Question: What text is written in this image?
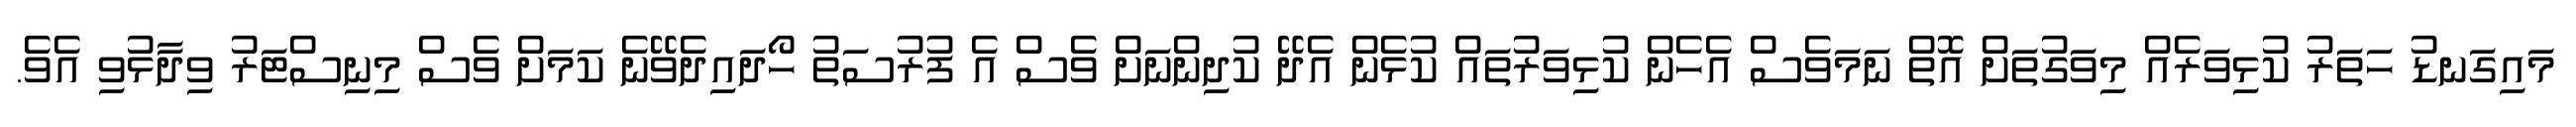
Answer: މައިގަނޑު ހަތަރު ކުޅިވަރެއް މިވަގުތަށް އޮތް ނަމަވެސް އެހެން ކުޅިވަރުތައް ކުޅެން އެދޭ ކުދިންނަށް ވެސް އެ ފުރުސަތު ހޯދައިދެވޭނެ ކަމަށް ވެސް މިނިސްޓަރު ވިދާޅުވި އެވެ.